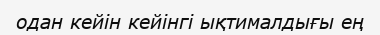
одан кейін кейінгі ықтималдығы ең